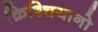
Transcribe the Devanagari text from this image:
क्रिश्चियानो